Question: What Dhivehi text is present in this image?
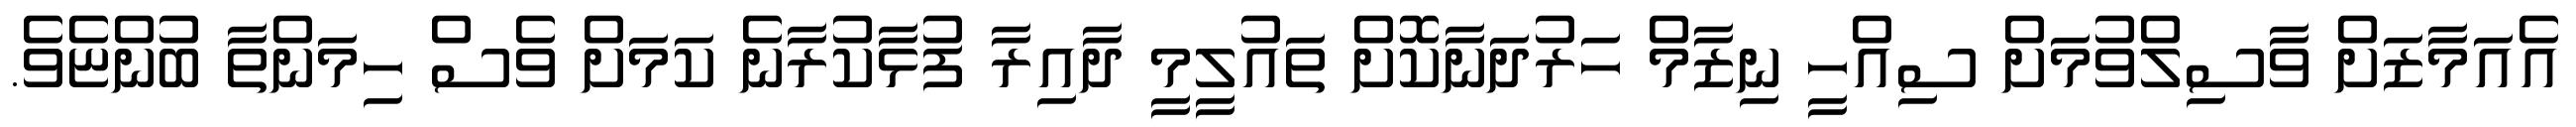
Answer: އެއަމާޒަށް ވާސިލްވުމަށް ސިއްހީ ނިޒާމް ހަރުދަނާކޮށް ތައުލީމީ ދާއިރާ ފުޅާކުރާނެ ކަމަށް ވެސް ހިމަންތާ ބުންޏެވެ.